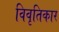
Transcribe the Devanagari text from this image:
विवृतिकार